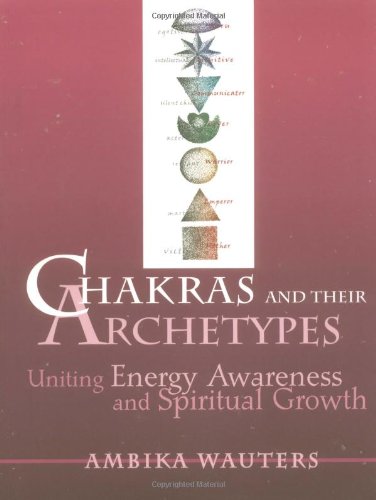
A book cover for Chakras and Their Archetypes: Uniting Energy Awareness and Spiritual Growth; Ambika Wauters; Religion & Spirituality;